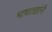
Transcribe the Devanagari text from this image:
भाषातज्ञांनी